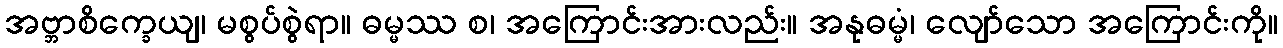
အဗ္ဘာစိက္ခေယျ၊ မစွပ်စွဲရာ။ ဓမ္မဿ စ၊ အကြောင်းအားလည်း။ အနုဓမ္မံ၊ လျော်သော အကြောင်းကို။